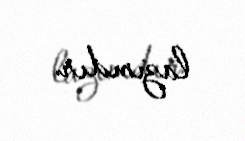
lazımdır.